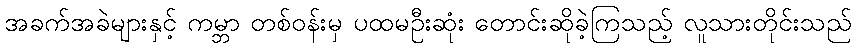
အခက်အခဲများနှင့် ကမ္ဘာ တစ်ဝန်းမှ ပထမဦးဆုံး တောင်းဆိုခဲ့ကြသည့် လူသားတိုင်းသည်